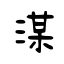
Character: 湈